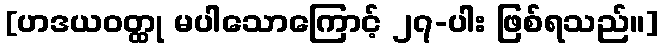
[ဟဒယဝတ္ထု မပါသောကြောင့် ၂၇-ပါး ဖြစ်ရသည်။]